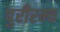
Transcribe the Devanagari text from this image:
पुरीरम्य